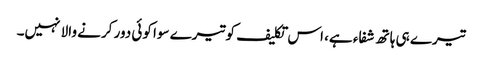
تیرے ہی ہاتھ شفاء ہے، اس تکلیف کو تیرے سوا کوئی دور کرنے والا نہیں۔